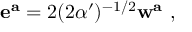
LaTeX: { \bf e ^ { a } } = 2 ( 2 \alpha ^ { \prime } ) ^ { - 1 / 2 } { \bf w ^ { a } } \ ,